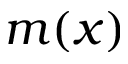
m ( x )